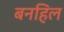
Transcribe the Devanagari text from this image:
बनहिल